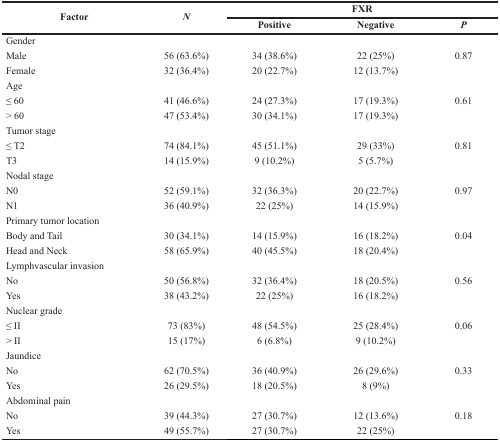
<table><thead><tr><td rowspan="2"><b>Factor</b></td><td rowspan="2"><b><i>N</i></b></td><td colspan="3"><b>FXR</b></td></tr><tr><td><b>Positive</b></td><td><b>Negative</b></td><td><b><i>P</i></b></td></tr></thead><tbody><tr><td colspan="5">Gender</td></tr><tr><td>Male</td><td>56 (63.6%)</td><td>34 (38.6%)</td><td>22 (25%)</td><td>0.87</td></tr><tr><td>Female</td><td>32 (36.4%)</td><td>20 (22.7%)</td><td>12 (13.7%)</td><td></td></tr><tr><td colspan="5">Age</td></tr><tr><td>≤ 60</td><td>41 (46.6%)</td><td>24 (27.3%)</td><td>17 (19.3%)</td><td>0.61</td></tr><tr><td>&gt; 60</td><td>47 (53.4%)</td><td>30 (34.1%)</td><td>17 (19.3%)</td><td></td></tr><tr><td colspan="5">Tumor stage</td></tr><tr><td>≤ T2</td><td>74 (84.1%)</td><td>45 (51.1%)</td><td>29 (33%)</td><td>0.81</td></tr><tr><td>T3</td><td>14 (15.9%)</td><td>9 (10.2%)</td><td>5 (5.7%)</td><td></td></tr><tr><td colspan="5">Nodal stage</td></tr><tr><td>N0</td><td>52 (59.1%)</td><td>32 (36.3%)</td><td>20 (22.7%)</td><td>0.97</td></tr><tr><td>N1</td><td>36 (40.9%)</td><td>22 (25%)</td><td>14 (15.9%)</td><td></td></tr><tr><td colspan="5">Primary tumor location</td></tr><tr><td>Body and Tail</td><td>30 (34.1%)</td><td>14 (15.9%)</td><td>16 (18.2%)</td><td>0.04</td></tr><tr><td>Head and Neck</td><td>58 (65.9%)</td><td>40 (45.5%)</td><td>18 (20.4%)</td><td></td></tr><tr><td colspan="5">Lymphvascular invasion</td></tr><tr><td>No</td><td>50 (56.8%)</td><td>32 (36.4%)</td><td>18 (20.5%)</td><td>0.56</td></tr><tr><td>Yes</td><td>38 (43.2%)</td><td>22 (25%)</td><td>16 (18.2%)</td><td></td></tr><tr><td colspan="5">Nuclear grade</td></tr><tr><td>≤ II</td><td>73 (83%)</td><td>48 (54.5%)</td><td>25 (28.4%)</td><td>0.06</td></tr><tr><td>&gt; II</td><td>15 (17%)</td><td>6 (6.8%)</td><td>9 (10.2%)</td><td></td></tr><tr><td colspan="5">Jaundice</td></tr><tr><td>No</td><td>62 (70.5%)</td><td>36 (40.9%)</td><td>26 (29.6%)</td><td>0.33</td></tr><tr><td>Yes</td><td>26 (29.5%)</td><td>18 (20.5%)</td><td>8 (9%)</td><td></td></tr><tr><td colspan="5">Abdominal pain</td></tr><tr><td>No</td><td>39 (44.3%)</td><td>27 (30.7%)</td><td>12 (13.6%)</td><td>0.18</td></tr><tr><td>Yes</td><td>49 (55.7%)</td><td>27 (30.7%)</td><td>22 (25%)</td><td></td></tr></tbody></table>